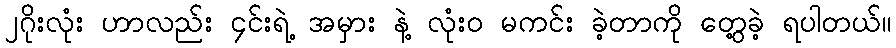
၂ဂိုးလုံး ဟာလည်း ၄င်းရဲ့ အမှား နဲ့ လုံးဝ မကင်း ခဲ့တာကို တွေ့ခဲ့ ရပါတယ်။